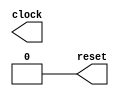
module ClockGenerator(
  output reg clock,
  output reg reset
);
  always begin
    #50 clock = ~clock;
  end
 initial 
  begin
    clock = 0;
    reset = 1;
    #20 reset = 0;
  end
endmodule